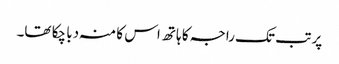
پر تب تک راجہ کا ہاتھ اس کا منہ دبا چکا تھا۔